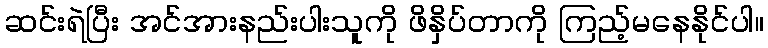
ဆင်းရဲပြီး အင်အားနည်းပါးသူကို ဖိနှိပ်တာကို ကြည့်မနေနိုင်ပါ။